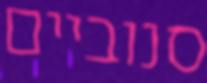
סנוביים